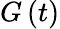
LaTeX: G\left(t\right)